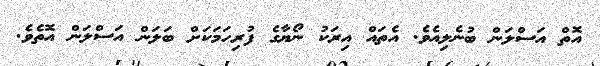
އޮތް އަސްލަން ބުނެލިއެވެ. އެތައް އިރަކު ނޯޔާގެ ފުރިހަމަކަށް ބަލަން އަސްލަން އޮތެވެ.